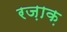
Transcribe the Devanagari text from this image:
रज़ाक़